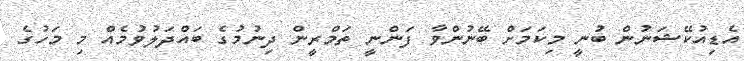
އެޑިއުކޭޝަނުން ބުނީ މިކަމަށް ބޭނުންވާ ފަންނީ ތަމްރީން ދިނުމުގެ ބައްދަލުވުމެއް މި މަހުގެ